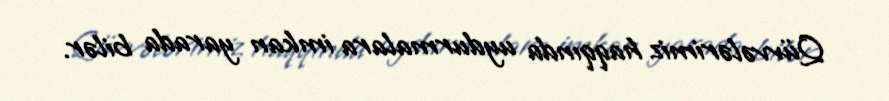
Qüvvələrimiz haqqında uydurmalara imkan yarada bilər.